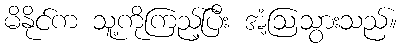
မိနိုင်က သူ့ကိုကြည့်ပြီး အံ့ဩသွားသည်။